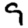
Digit: 9